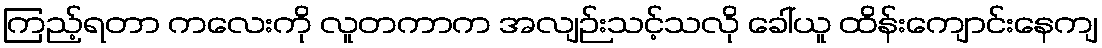
ကြည့်ရတာ ကလေးကို လူတကာက အလျဉ်းသင့်သလို ခေါ်ယူ ထိန်းကျောင်းနေကျ